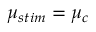
\mu _ { s t i m } = \mu _ { c }